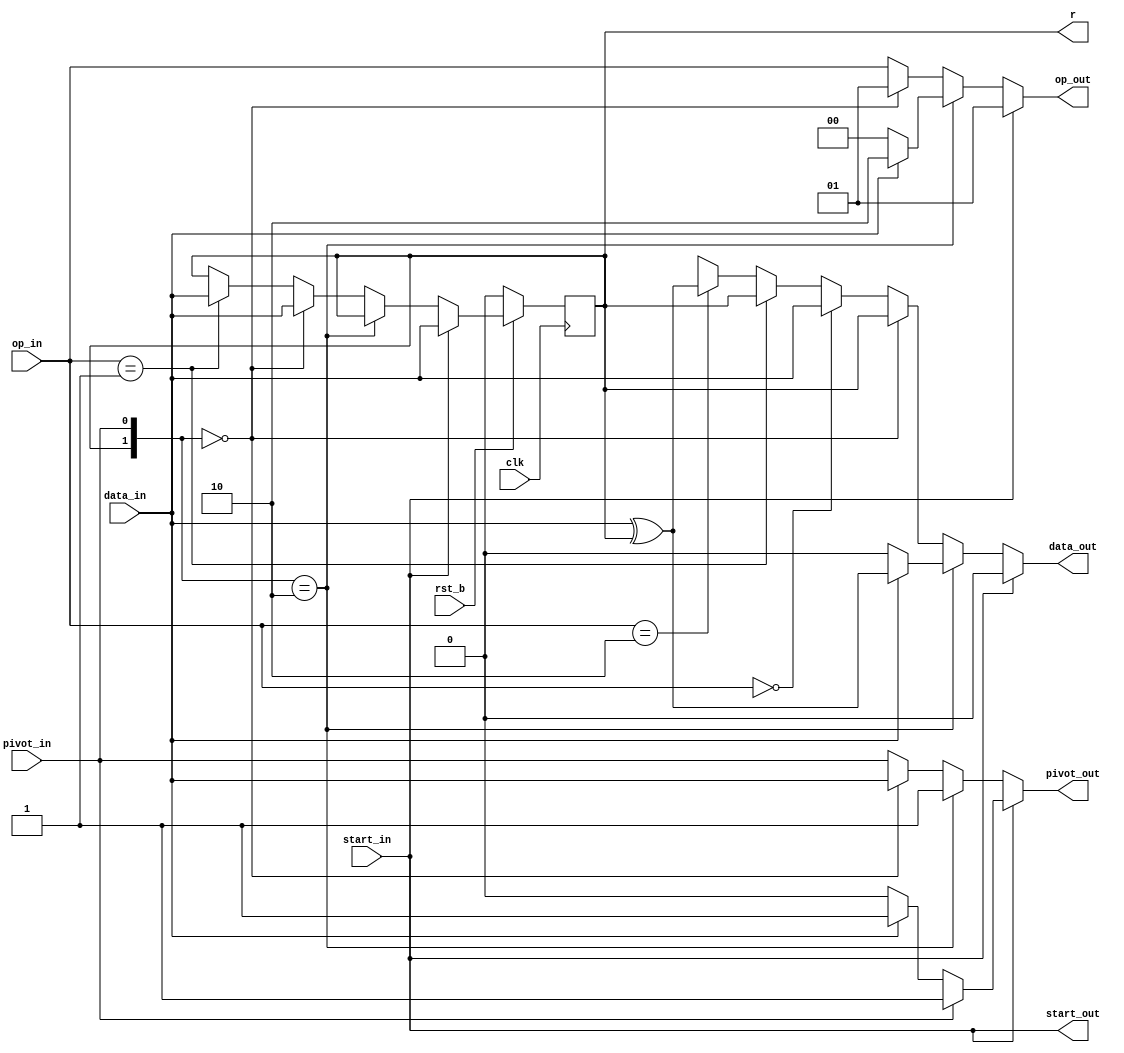
//define the unified node for Gaussian Elimination
module processor_AB (
  input  wire       clk,
  input  wire       rst_b,
  input  wire       start_in,
  input  wire       data_in,
  input  wire [1:0] op_in,
  input  wire       pivot_in,
  output wire       start_out,
  output wire       data_out,
  output wire [1:0] op_out,
  output wire       pivot_out,
  output reg        r
);

  reg r_reg;
  reg data_out_reg;
  reg [1:0] op_out_reg;
  reg pivot_out_reg;

 
  always @(posedge clk) begin
    if(~rst_b) begin
      r <= 0;
    end
    else begin
      r <= r_reg;
    end
  end


  // 00 --- pass  01 --- swap  10 --- add  11 --- nop
  always @(*) begin
    // init phase
    if (start_in) begin
      r_reg = data_in;
      data_out_reg = 1'b0; //default behavior
      op_out_reg = 2'b01; //default behavior
      pivot_out_reg = pivot_in ? 1'b1 : 
                      data_in ? 1'b1: 1'b0;
    end
    //normal phase
    else  begin
      if ({r, pivot_in} == 2'b10) begin //pivot node, work as active node
        r_reg = r;
        data_out_reg = data_in ? data_in ^ r : data_in;
        op_out_reg = data_in ? 2'b10 : 2'b00;
        pivot_out_reg = 1'b1;
      end
      else begin //non-pivot node
        //if pivot still not found, perform SWAP and try to find the pivot
        if ({r, pivot_in} == 2'b00) begin
          r_reg = data_in;
          data_out_reg = r;
          op_out_reg = 2'b01;
          pivot_out_reg = data_in;
        end
        //if pivot found, performs as a passive node instructed by op_in
        else begin
          r_reg = op_in == 2'b01 ? data_in : r;
          data_out_reg = op_in == 2'b00 ? data_in :
                         op_in == 2'b01 ? r :
                         op_in == 2'b10 ? data_in ^ r : 1'bx;
          op_out_reg = op_in;
          pivot_out_reg = pivot_in;
        end
      end
    end
  end

  assign start_out  = start_in;
  assign data_out = data_out_reg;
  assign op_out = op_out_reg;
  assign pivot_out = pivot_out_reg;
 
endmodule